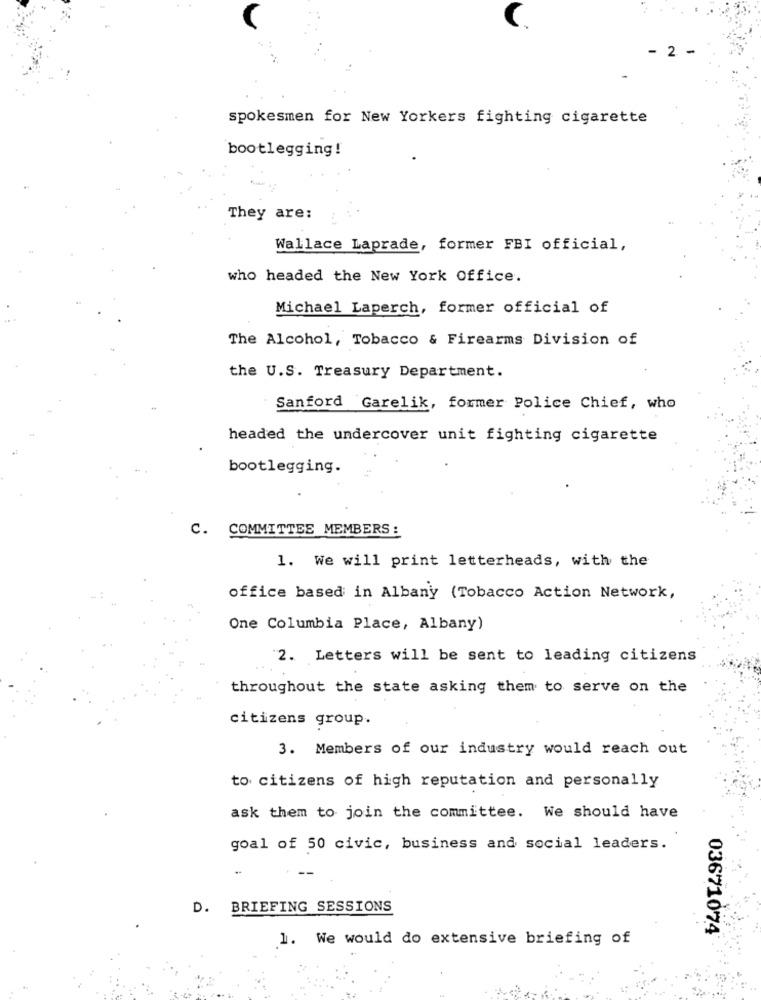
2.
spokesmen for New Yorkers fighting cigarette
bootlegging!
They are:
.. .
Wallace Laprade, former FBI official,
who headed the New York Office.
Michael Laperch, former official of
The Alcohol, Tobacco & Firearms Division of
the U.S. Treasury Department.
Sanford Garelik, former Police Chief, who
headed the undercover unit fighting cigarette
bootlegging.
C. COMMITTEE MEMBERS :
1. We will print letterheads, with the
office based in Albany (Tobacco Action Network,
One Columbia Place, Albany)
2. Letters will be sent to leading citizens
throughout the state asking them to serve on the
citizens group.
3. Members of our industry would reach out
to citizens of high reputation and personally
ask them to join the committee. We should have
goal of 50 civic, business and social leaders.
D. BRIEFING SESSIONS
1. We would do extensive briefing of
03671074